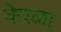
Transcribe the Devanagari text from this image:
केरळा